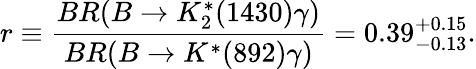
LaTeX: r\equiv\frac{BR(B\to K_{2}^{*}(1430)\gamma)}{BR(B\to K^{*}(892)\gamma)}=0.39_{-0.13}^{+0.15}.